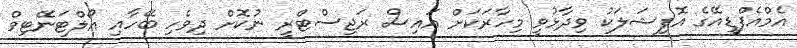
އެމްއެފްޑީއޭގެ އޮފިޝަލަކު ވިދާޅުވީ މިހާރަކަށް އައިސް ރަޖިސްޓްރީ ނުކޮށް ދިވެހި ބޭހާއި އޯލްޓަނޭޓިވް